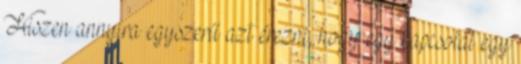
Hiszen annyira egyszerű azt érezni, hogy egy kapcsolat egy